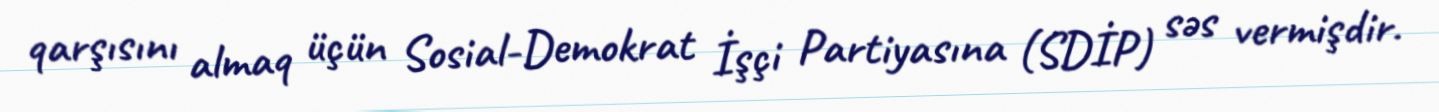
qarşısını almaq üçün Sosial-Demokrat İşçi Partiyasına (SDİP) səs vermişdir.